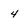
Character: 4